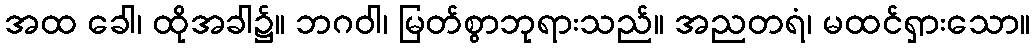
အထ ခေါ၊ ထိုအခါ၌။ ဘဂဝါ၊ မြတ်စွာဘုရားသည်။ အညတရံ၊ မထင်ရှားသော။